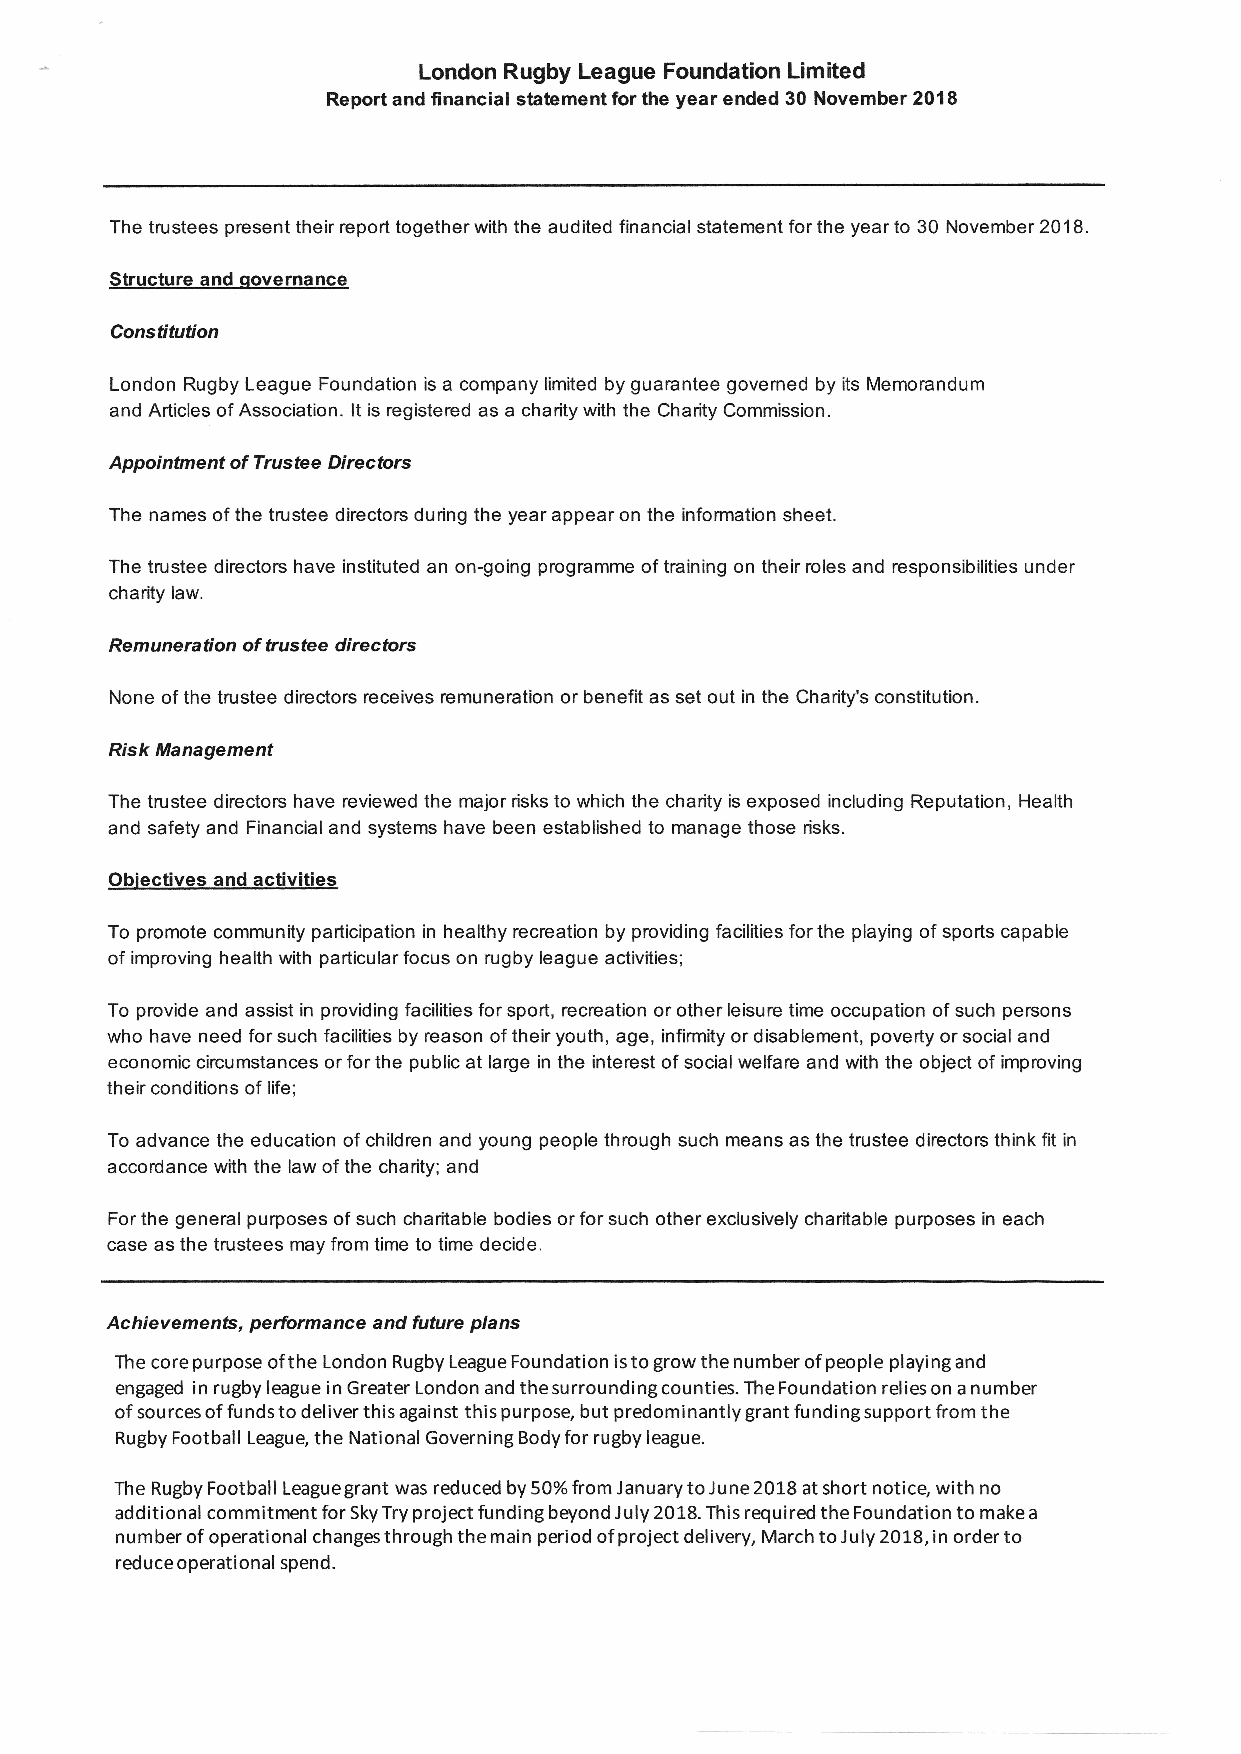
London Rugby League Foundation Limited
 Report and financial statement for the year ended 30 November 2A18
 The trustees present their report together with the audited financial statement for the year to 30 November 2018.
 Structrre and qovernance
 Constifrltion
 London Rugby League Foundation is a company limited by guanantee govemed by its Memorandum
 and Articles of Association. lt is registered as a charity with the Charity Commission.
 Appoi nfir e nt of T rusfc. e Di re ctors
 The names of the trustee directors during the year appear on the information sheet.
 The trustee directors have instituted an ongoing programme of training on their roles and responsibilities under
 charity law.
 Remuneration of tustee directors
 None of the trustee directors receives remuneration or benefit as set out in the Charity's constitution.
 Risk Management
 The trustee directors have reviewed the major risks to which the charity is exposed including Reputation, Health
 and safety and Financial and systems have been established to rnanage those risks.
 Obiectives and activities
 To promote community participation in healthy rccreation by providing facilities forthe playing of sports capable
 of improving health with particular focus on rugby league activities;
 To provide and assist in providing facilities for sport, recreation or other leisurc time occupation of such persons
 who have need for such facilities by rcason of their youth, age, infirmity or disablement, poverty or social and
 economic circumstances or for the public at larye in the interest of social welfarc and with the object of improving
 their conditions of life;
 To advance the education of children and young people through such means as the trustee directors think fit in
 accordance with the law of the charity; and
 For the general purposes of such charitable bodies or for such other exclusively charitable purposes in each
 case as the trustees may from time to time decide.
 Achievemenb, performance and fufrtre plans
 The corepurpose ofthe London RugbyLeagueFoundation istogrowthenumberof people playingand
 engaged inrugbyleagueinGreaterLondonandthesurroundingcounties.TheFoundationreliesonanumber
 of sources of funds to deliver this against this purpose, but predominantly grant funding support from the
 Rugby Football League, the National Governing Bodyfor rugby league.
 The Rugby Football Leaguegrant was reduced by 50% from JanuarytoJune20lS atshort notice, with no
 additional commitment for Sky Try project funding beyond July 2018. This required the Foundation to make a
 number of operational changes through the main period of project delivery, March to July 2018, in order to
 reduce operational spend.